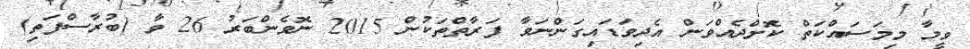
ވީމާ މިމަސައްކަތް ކޮށްދެއްވަން އެދިވަޑައިގަންނަވާ ފަރާތްތަކުން 2015 ނޮވެންބަރު 26 ވާ (ބުރާސްފަތި)